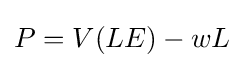
P=V(LE)-wL\;